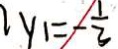
y _ { 1 } = - \frac { 1 } { 3 }